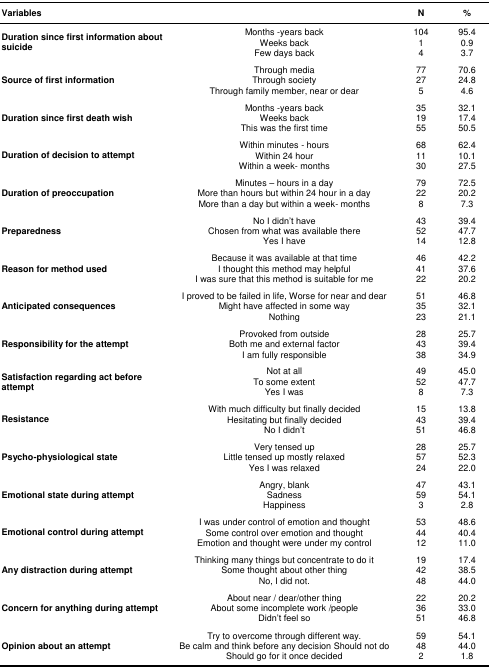
| Variables |  | N | % |
 | --- | --- | --- | --- |
 | Duration since first information about suicide | Months -years backWeeks backFew days back | 10414 | 95.40.93.7 |
 | Source of first information | Through mediaThrough societyThrough family member, near or dear | 77275 | 70.624.84.6 |
 | Duration since first death wish | Months -years backWeeks backThis was the first time | 351955 | 32.117.450.5 |
 | Duration of decision to attempt | Within minutes - hoursWithin 24 hourWithin a week- months | 681130 | 62.410.127.5 |
 | Duration of preoccupation | Minutes – hours in a dayMore than hours but within 24 hour in a dayMore than a day but within a week- months | 79228 | 72.520.27.3 |
 | Preparedness | No I didn’t haveChosen from what was available thereYes I have | 435214 | 39.447.712.8 |
 | Reason for method used | Because it was available at that timeI thought this method may helpfulI was sure that this method is suitable for me | 464122 | 42.237.620.2 |
 | Anticipated consequences | I proved to be failed in life, Worse for near and dearMight have affected in some wayNothing | 513523 | 46.832.121.1 |
 | Responsibility for the attempt | Provoked from outsideBoth me and external factorI am fully responsible | 284338 | 25.739.434.9 |
 | Satisfaction regarding act before attempt | Not at allTo some extentYes I was | 49528 | 45.047.77.3 |
 | Resistance | With much difficulty but finally decidedHesitating but finally decidedNo I didn’t | 154351 | 13.839.446.8 |
 | Psycho-physiological state | Very tensed upLittle tensed up mostly relaxedYes I was relaxed | 285724 | 25.752.322.0 |
 | Emotional state during attempt | Angry, blankSadnessHappiness | 47593 | 43.154.12.8 |
 | Emotional control during attempt | I was under control of emotion and thoughtSome control over emotion and thoughtEmotion and thought were under my control | 534412 | 48.640.411.0 |
 | Any distraction during attempt | Thinking many things but concentrate to do itSome thought about other thingNo, I did not. | 194248 | 17.438.544.0 |
 | Concern for anything during attempt | About near / dear/other thingAbout some incomplete work /peopleDidn’t feel so | 223651 | 20.233.046.8 |
 | Opinion about an attempt | Try to overcome through different way.Be calm and think before any decision Should not doShould go for it once decided | 59482 | 54.144.01.8 |